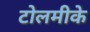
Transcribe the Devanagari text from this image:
टोलमीके